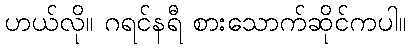
ဟယ်လို။ ဂရင်နရီ စားသောက်ဆိုင်ကပါ။